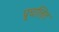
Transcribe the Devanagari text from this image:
प्र्र्रचलित